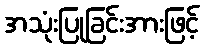
အသုံးပြုခြင်းအားဖြင့်